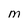
Character: M